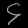
Digit: ၄